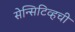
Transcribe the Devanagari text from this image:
सेन्सिटिव्हची